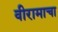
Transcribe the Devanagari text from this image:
वीरामाचा